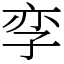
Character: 孪